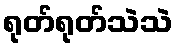
ရုတ်ရုတ်သဲသဲ